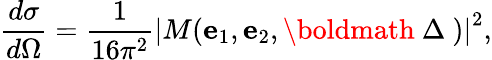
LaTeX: \frac{d\sigma}{d\Omega}=\frac{1}{16\pi^{2}}\left|M({\mathbf e}_{1},{\mathbf e}_{2},\mathrm{\boldmath~\Delta~})\right|^{2},